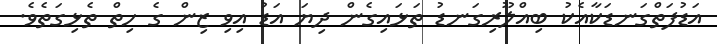
އަަޑުފަތްގަނޑަކާއެކު ބިއްލޫރިގަނޑު ތަޅައިގެން ދިޔަ އަޑު އިވި ޒިން ގެ ހިތް ތެޅިގަތެވެ.